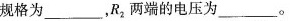
规格为_______，R2两端的电压为______。